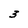
Character: 3